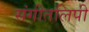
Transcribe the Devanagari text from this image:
संगीतलिपी